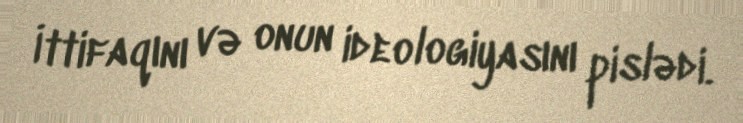
İttifaqını və onun ideologiyasını pislədi.